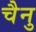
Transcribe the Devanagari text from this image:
चैनु